Indian Civil Veterinary Department memoirs
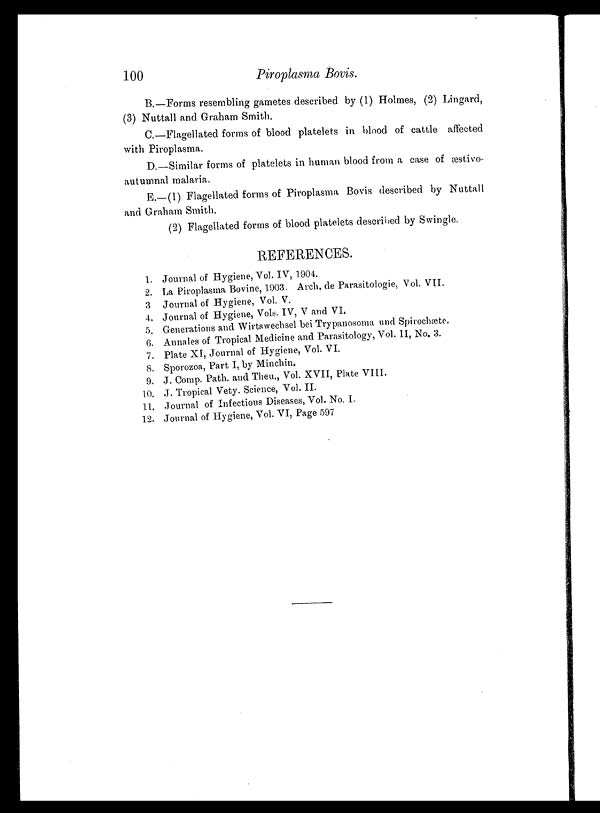
100
Piroplasma Bovis.
B.—Forms resembling gametes described by (1) Holmes, (2) Lingard,
(3) Nuttall and Graham Smith.
C.—Flagellated forms of blood platelets in blood of cattle affected
with Piroplasma.
D.—Similar forms of platelets in human blood from a case of æstivo¬
autumnal malaria.
E.—(1) Flagellated forms of Piroplasma Bovis described by Nuttall
and Graham Smith.
(2) Flagellated forms of blood platelets described by Swingle.
REFERENCES.
1. Journal of Hygiene, Vol. IV, 1904.
2. La Piroplasma Bovine, 1903. Arch, de Parasitologie, Vol. VII.
3. Journal of Hygiene, Vol. V.
4. Journal of Hygiene, Vols. IV, V and VI.
5. Generations and Wirtswechsel bei Trypanosoma and Spirochæte.
6. Annales of Tropical Medicine and Parasitology, Vol. II, No. 3.
7. Plate XI, Journal of Hygiene, Vol. VI.
8. Sporozoa, Part I, by Minchin.
9. J. Comp. Path. and Theu., Vol. XVII, Plate VIII.
10. J. Tropical Vety. Science, Vol. II.
11. Journal of Infectious Diseases, Vol. No. I.
12. Journal of Hygiene, Vol. VI, Page 597